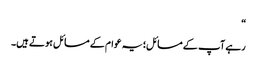
“
رہے آپ کے مسائل؛یہ عوام کے مسائل ہوتے ہیں۔